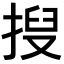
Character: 𫽍